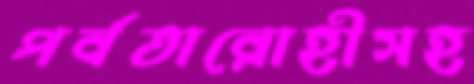
পর্বতারোহীসহ